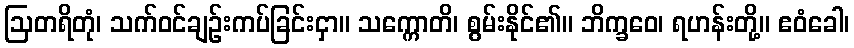
ဩတရိတုံ၊ သက်ဝင်ချဉ်းကပ်ခြင်းငှာ။ သက္ကောတိ၊ စွမ်းနိုင်၏။ ဘိက္ခဝေ၊ ရဟန်းတို့။ ဧဝံခေါ၊